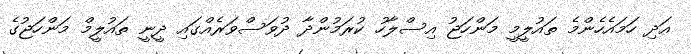
އަދި ހަމައެހެންމެ ތައުލީމީ މަންހަޖު އިސްލާހު ކުރަމުންދާ ދުވަސްވަރެއްގައި ދީނީ ތައުލީމް މަންހަޖުގެ